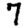
Digit: 7